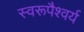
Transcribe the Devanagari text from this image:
स्वरूपैश्वर्य